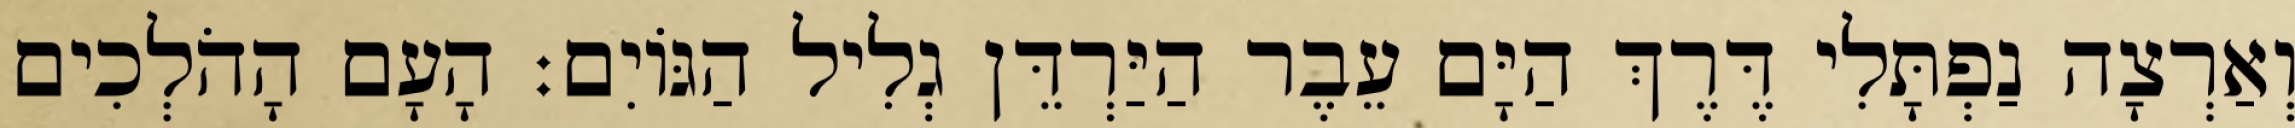
וְאַרְצָה נַפְתָּלִי דֶּרֶךְ הַיָּם עֵבֶר הַיַּרְדֵּן גְלִיל הַגּוֹיִם׃ הָעָם הָהֹלְכִים